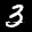
Label: 3